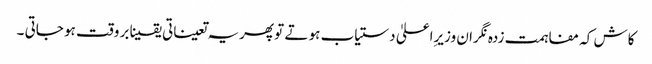
کاش کہ مفاہمت زدہ نگران وزیرِاعلیٰ دستیاب ہو تے تو پھریہ تعیناتی یقینا بر وقت ہو جاتی ۔